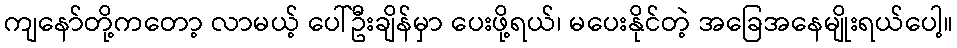
ကျနော်တို့ကတော့ လာမယ့် ပေါ်ဦးချိန်မှာ ပေးဖို့ရယ်၊ မပေးနိုင်တဲ့ အခြေအနေမျိုးရယ်ပေါ့။